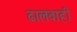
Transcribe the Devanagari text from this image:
ढालवाही